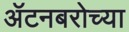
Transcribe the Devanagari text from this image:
ॲटनबरोच्या